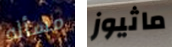
مسأله ماثيوز